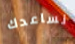
نساعدك